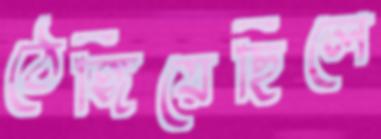
ঠেঙ্গিয়েছিলে